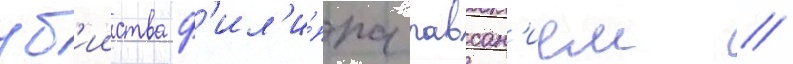
уб'ииства ф'ил'и́ппа павсан'ием //